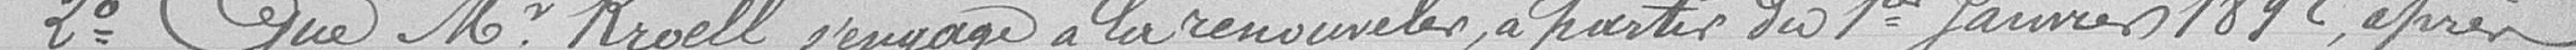
2° Que M. Kroell s'engage à la renouveler, à partir du 1er janvier 1892, après